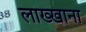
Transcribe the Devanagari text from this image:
लाख्खाना